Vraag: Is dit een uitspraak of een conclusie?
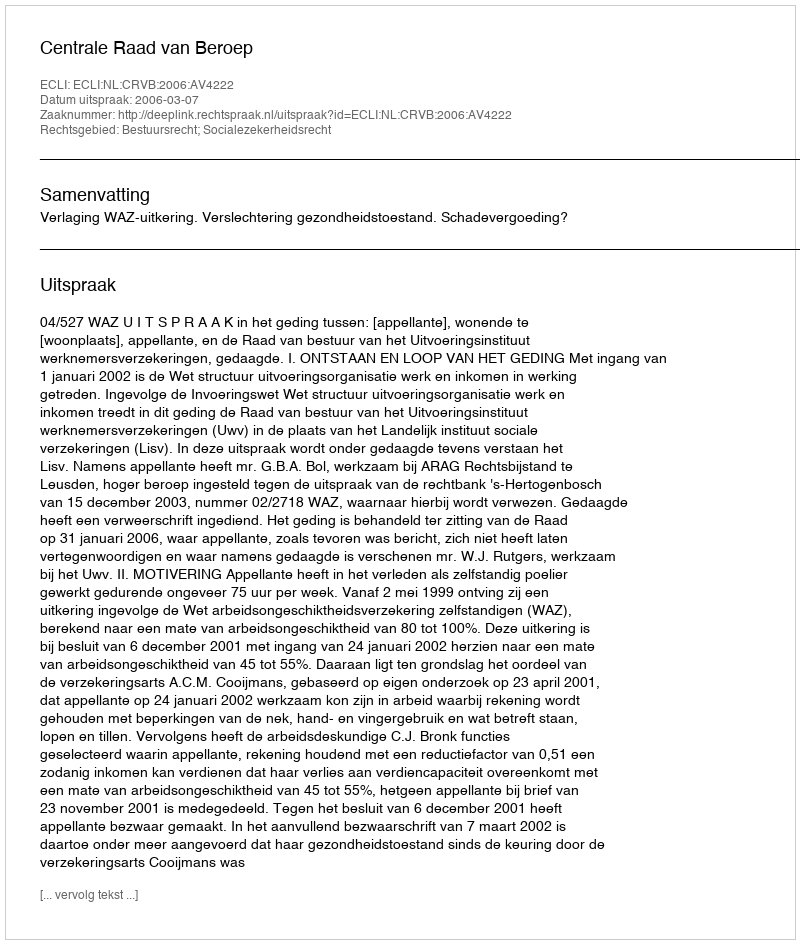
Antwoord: Uitspraak